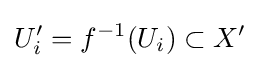
U_{i}'=f^{-1}(U_{i})\subset X'